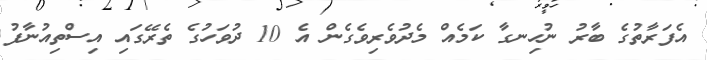
އެފަރާތުގެ ބާރު ނުހިނގާ ކަމެއް މެދުވެރިވެގެން އެ 10 ދުވަހުގެ ތެރޭގައި އިސްތިއުނާފު